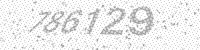
Solution: 786129